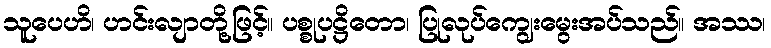
သူပေဟိ၊ ဟင်းလျာတို့ဖြင့်။ ပစ္စုပဋ္ဌိတော၊ ပြုလုပ်ကျွေးမွေးအပ်သည်။ အဿ၊